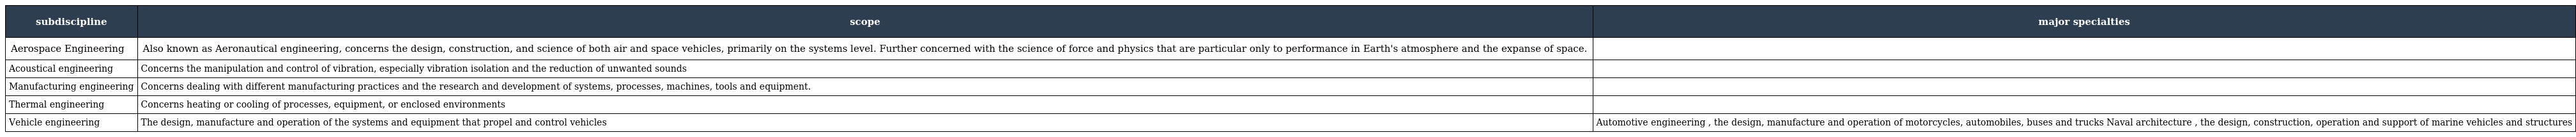
| subdiscipline | scope | major specialties |
 | --- | --- | --- |
 | Aerospace Engineering | Also known as Aeronautical engineering, concerns the design, construction, and science of both air and space vehicles, primarily on the systems level. Further concerned with the science of force and physics that are particular only to performance in Earth's atmosphere and the expanse of space. |  |
 | Acoustical engineering | Concerns the manipulation and control of vibration, especially vibration isolation and the reduction of unwanted sounds |  |
 | Manufacturing engineering | Concerns dealing with different manufacturing practices and the research and development of systems, processes, machines, tools and equipment. |  |
 | Thermal engineering | Concerns heating or cooling of processes, equipment, or enclosed environments |  |
 | Vehicle engineering | The design, manufacture and operation of the systems and equipment that propel and control vehicles | Automotive engineering , the design, manufacture and operation of motorcycles, automobiles, buses and trucks Naval architecture , the design, construction, operation and support of marine vehicles and structures |